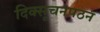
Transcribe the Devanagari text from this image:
दिक्सूचनपठन